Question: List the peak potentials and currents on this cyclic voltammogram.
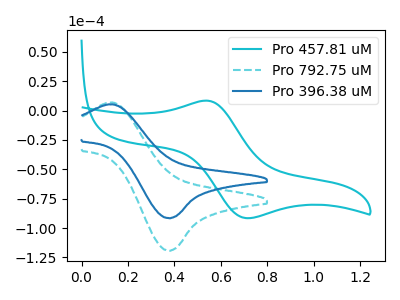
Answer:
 <answer>The cyan curve "Pro 457.81 uM" has an anodic peak at (0.55V, 8.40uA) and a cathodic peak at (0.70V, -91.60uA). The cyan dashed curve "Pro 792.75 uM" has an anodic peak at (0.10V, 6.70uA) and a cathodic peak at (0.40V, -119.35uA). The blue curve "Pro 396.38 uM" has an anodic peak at (0.10V, 5.15uA) and a cathodic peak at (0.40V, -91.65uA).</answer>
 <eval></eval>